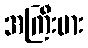
အကြီးမား